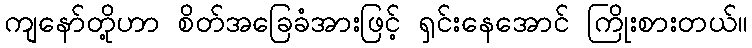
ကျနော်တို့ဟာ စိတ်အခြေခံအားဖြင့် ရှင်းနေအောင် ကြိုးစားတယ်။